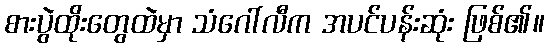
စားပွဲထိုးတွေထဲမှာ သံဂေါ်လီက အပင်ပန်းဆုံး ဖြစ်၏။